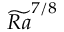
\widetilde { R a } ^ { 7 / 8 }